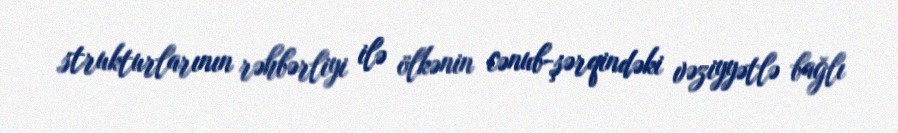
strukturlarının rəhbərliyi ilə ölkənin cənub-şərqindəki vəziyyətlə bağlı